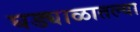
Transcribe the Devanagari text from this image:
घड्याळातल्या